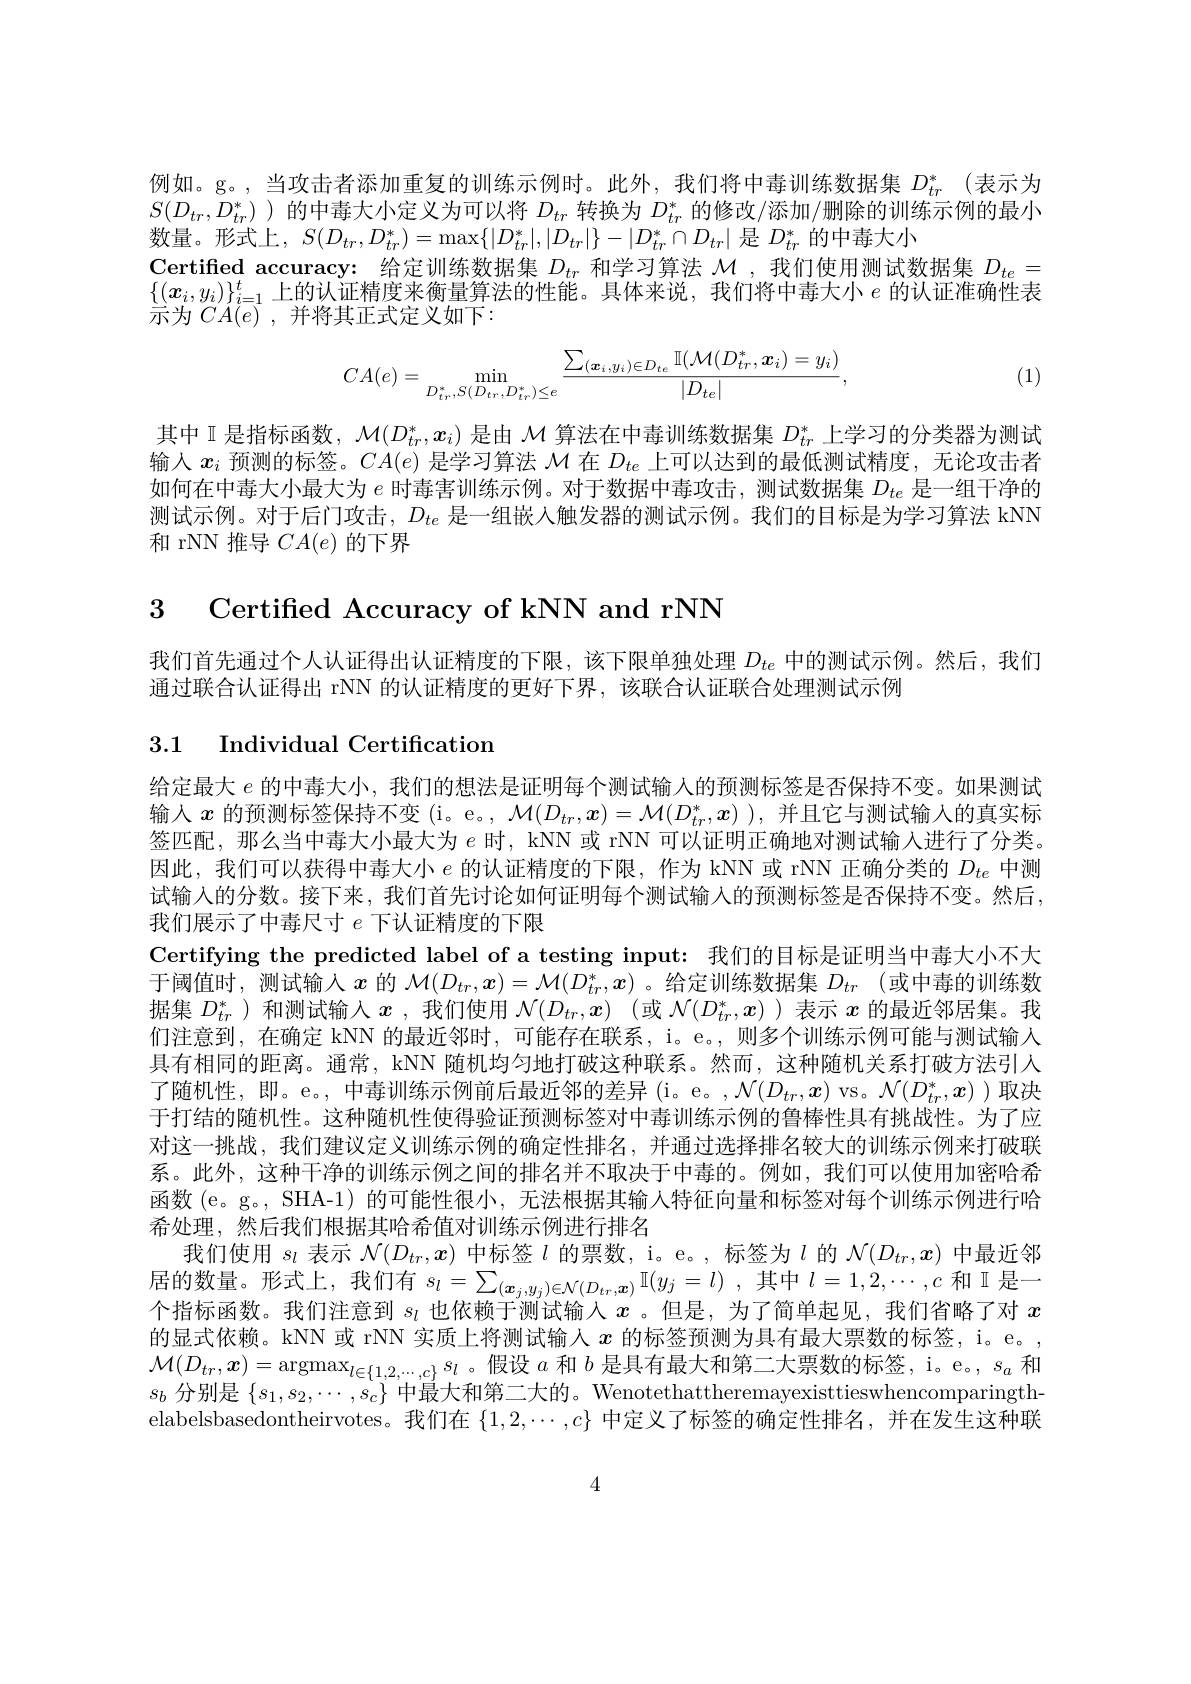
例如。g。,当攻击者添加重复的训练示例时。此外，我们将中毒训练数据集$D_{tr}^*$(表示为$S(D_{tr},D_{tr}^{*})$ )的中毒大小定义为可以将 $D_tr$ 转换为 $D_tr$ 的修改/添加/删除的训练示例的最小数量。形式上，$S(D_tr,D_{tr}^*)=\max\{|D_{tr}^*|,|D_{tr}|\}-|D_{tr}^*\cap D_{tr}|$是$D_tr^*$的中毒大小
Certified accuracy: 给定训练数据集$D_{tr}$和学习算法$\mathcal{M}$ ,我们使用测试数据集$D_{te}=$ $\{(x_i,y_i)\}_{i=1}^t$上的认证精度来衡量算法的性能。具体来说，我们将中毒大小$e$的认证准确性表示为$CA( e)$ ,并将其正式定义如下：
$$CA(e)=\min_{D_{tr}^{*},S(D_{tr},D_{tr}^{*})\leq e}\frac{\sum_{(\boldsymbol{x}_{i},y_{i})\in D_{te}}\mathbb{I}(\mathcal{M}(D_{tr}^{*},\boldsymbol{x}_{i})=y_{i})}{|D_{te}|},$$
(1)

其中 II 是指标函数，$\mathcal{M}(D_{tr}^*,x_i)$是由$\mathcal{M}$算法在中毒训练数据集$D_{tr}^*$上学习的分类器为测试输入$x_i$预测的标签。$CA(e)$是学习算法$\mathcal{M}$在$D_te$上可以达到的最低测试精度，无论攻击者如何在中毒大小最大为$e$时毒害训练示例。对于数据中毒攻击，测试数据集$D_te$是一组干净的测试示例。对于后门攻击，$D_{te}$是一组嵌入触发器的测试示例。我们的目标是为学习算法 kNN 和 rNN 推导$CA(e)$的下界

3 Certified Accuracy of kNN and rNN

我们首先通过个人认证得出认证精度的下限，该下限单独处理$D_{te}$中的测试示例。然后，我们
通过联合认证得出 rNN 的认证精度的更好下界，该联合认证联合处理测试示例

3.1 Individual Certification

给定最大$e$的中毒大小，我们的想法是证明每个测试输人的预测标签是否保持不变。如果测试输入$x$的预测标签保持不变 (i。e。, $\mathcal{M}(D_tr,x)=\mathcal{M}(D_{tr}^*,x)$ ),并且它与测试输人的真实标签匹配，那么当中毒大小最大为$e$时，kNN 或 rNN 可以证明正确地对测试输人进行了分类。因此，我们可以获得中毒大小$e$的认证精度的下限，作为 kNN 或 rNN 正确分类的$D_{te}$中测试输人的分数。接下来，我们首先讨论如何证明每个测试输入的预测标签是否保持不变。然后， 我们展示了中毒尺寸$e$下认证精度的下限
Certifying the predicted label of a testing input: 我们的目标是证明当中毒大小不大于阈值时，测试输人$x$的$\mathcal{M}(D_tr,x)=\mathcal{M}(D_{tr}^*,x)$ 。给定训练数据集$D_tr$ (或中毒的训练数据集$D_{tr}^*$ )和测试输人$x$ ,我们使用$\mathcal{N}(D_tr,x)$ (或$\mathcal{N}(D_{tr}^*,x)$ )表示$x$的最近邻居集。我们注意到，在确定 kNN 的最近邻时，可能存在联系，i。e。, 则多个训练示例可能与测试输人具有相同的距离。通常，kNN 随机均匀地打破这种联系。然而，这种随机关系打破方法引人了随机性，即。e。,中毒训练示例前后最近邻的差异(i。e。$,\mathcal{N}(D_tr,\boldsymbol{x})$ vs。$\mathcal{N}(D_tr^*,\boldsymbol{x})$ )取决于打结的随机性。这种随机性使得验证预测标签对中毒训练示例的鲁棒性具有挑战性。为了应对这一挑战，我们建议定义训练示例的确定性排名，并通过选择排名较大的训练示例来打破联系。此外，这种干净的训练示例之间的排名并不取决于中毒的。例如，我们可以使用加密哈希函数(e。g。, SHA-1) 的可能性很小，无法根据其输入特征向量和标签对每个训练示例进行哈希处理，然后我们根据其哈希值对训练示例进行排名
我们使用$s_l$表示$\mathcal{N}(D_tr,\boldsymbol{x})$中标签$l$的票数，i。e。,标签为$l$的$\mathcal{N}(D_tr,\boldsymbol{x})$中最近邻居的数量。形式上，我们有$s_l=\sum_{(\boldsymbol{x}_j,y_j)\in\mathcal{N}(D_{tr},\boldsymbol{x})}\mathbb{I}(y_j=l)$,其中$l=1,2,\cdots,c$和II是一个此起了数一个幻为这可以上的一个人口是一个指标函数。我们注意到$s_l$也依赖于测试输人$x$ 。但是，为了简单起见，我们省略了对$x$ 的显式依赖。kNN 或 rNN 实质上将测试输入$x$的标签预测为具有最大票数的标签，i。e。, $\mathcal{M}(D_{tr},x)=\operatorname*{argmax}_{l\in\{1,2,\cdots,c\}}s_l$ 。假设$a$和$b$是具有最大和第二大票数的标签，i。e。, $s_a$和$s_b$分别是$\{s_1,s_2,\cdots,s_c\}$中最大和第二大的。Wenotethattheremayexisttieswhencomparingthelabelsbasedontheirvotes。我们在$\{1,2,\cdots,c\}$中定义了标签的确定性排名，并在发生这种联

4